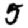
Digit: 5